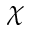
\chi